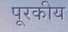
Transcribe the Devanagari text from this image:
पूरकीय